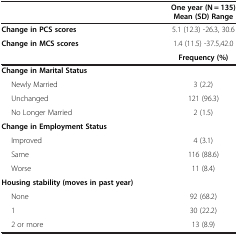
<table><thead><tr><td><b> </b></td><td><b>One year (N = 135)</b></td></tr></thead><tbody><tr><td> </td><td><b>Mean (SD) Range</b></td></tr><tr><td><b>Change in PCS scores</b></td><td>5.1 (12.3) -26.3, 30.6</td></tr><tr><td><b>Change in MCS scores</b></td><td>1.4 (11.5) -37.5,42.0</td></tr><tr><td> </td><td><b>Frequency (%)</b></td></tr><tr><td><b>Change in Marital Status</b></td><td> </td></tr><tr><td>Newly Married</td><td>3 (2.2)</td></tr><tr><td>Unchanged</td><td>121 (96.3)</td></tr><tr><td>No Longer Married</td><td>2 (1.5)</td></tr><tr><td><b>Change in Employment Status</b></td><td> </td></tr><tr><td>Improved</td><td>4 (3.1)</td></tr><tr><td>Same</td><td>116 (88.6)</td></tr><tr><td>Worse</td><td>11 (8.4)</td></tr><tr><td><b>Housing stability (moves in past year)</b></td><td> </td></tr><tr><td>None</td><td>92 (68.2)</td></tr><tr><td>1</td><td>30 (22.2)</td></tr><tr><td>2 or more</td><td>13 (8.9)</td></tr></tbody></table>